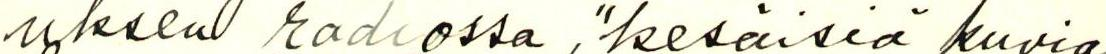
uksen radiossa, "kesäisiä kuvia